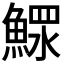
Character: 𩹌